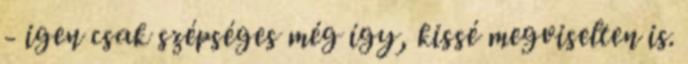
- igen csak szépséges még így, kissé megviselten is.